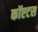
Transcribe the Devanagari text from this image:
कॉएटस